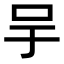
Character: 𠯊